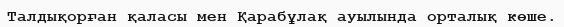
Талдықорған қаласы мен Қарабұлақ ауылында орталық көше.